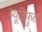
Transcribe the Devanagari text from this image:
ब्यूटिफुल